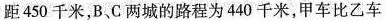
距450千米，B、C两城的路程为440千米，甲车比乙车